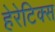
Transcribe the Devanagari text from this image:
हेरेटिक्स